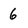
Character: 6